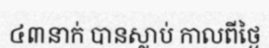
៤៣នាក់ បានស្លាប់ កាលពីថ្ងៃ